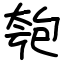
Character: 匏